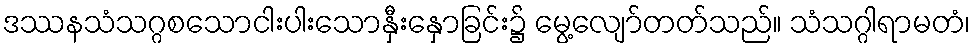
ဒဿနသံသဂ္ဂစသောငါးပါးသောနှီးနှောခြင်း၌ မွေ့လျော်တတ်သည်။ သံသဂ္ဂါရာမတံ၊